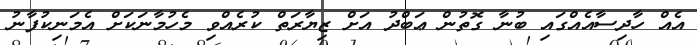
އެއް ހާދިސާއެއްގައި ބުނާ ގޮތުން ޢަބްދު އަށް ޒިޔާރަތް ކުރެއްވި މެހުމާނަކަށް އެމަނިކުފާނު